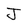
Character: J